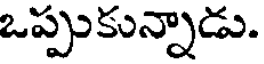
ఒప్పుకున్నాడు.